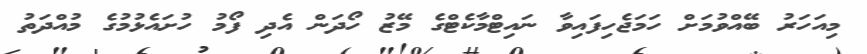
މިއަހަރު ބޭއްވުމަށް ހަމަޖެހިފައިވާ ނައިޓްމާކެޓްގެ މޭޒު ހޯދަން އެދި ފޯމު ހުށައެޅުމުގެ މުއްދަތު